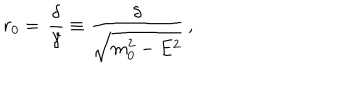
r _ { 0 } = \, \frac { \delta } { \gamma } \equiv \frac { \delta } { \sqrt { m _ { 0 } ^ { 2 } - E ^ { 2 } } } \, ,